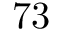
7 3